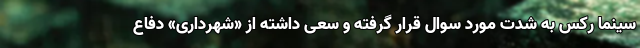
سینما رکس به شدت مورد سوال قرار گرفته و سعی داشته از «شهرداری» دفاع